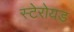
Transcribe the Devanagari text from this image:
स्टेरोयड